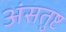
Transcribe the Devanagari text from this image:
अंसतुष्ट